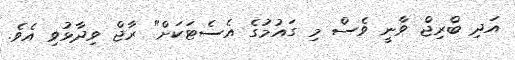
އަދި ބްރިޖް ވާނީ ވެސް މި ގައުމުގެ އެސެޓަކަށް" ރާޖް ވިދާޅުވި އެވެ.